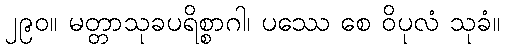
၂၉၀။ မတ္တာသုခပရိစ္စာဂါ၊ ပဿေ စေ ဝိပုလံ သုခံ။